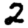
Digit: 2